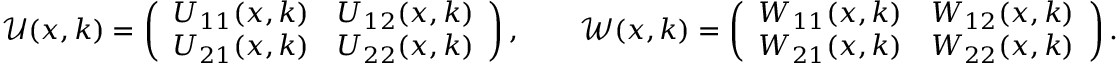
\begin{array} { r } { \ensuremath { \mathcal { U } } ( x , k ) = \left( \begin{array} { l l } { U _ { 1 1 } ( x , k ) } & { U _ { 1 2 } ( x , k ) } \\ { U _ { 2 1 } ( x , k ) } & { U _ { 2 2 } ( x , k ) } \end{array} \right) , \qquad \ensuremath { \mathcal { W } } ( x , k ) = \left( \begin{array} { l l } { W _ { 1 1 } ( x , k ) } & { W _ { 1 2 } ( x , k ) } \\ { W _ { 2 1 } ( x , k ) } & { W _ { 2 2 } ( x , k ) } \end{array} \right) . } \end{array}